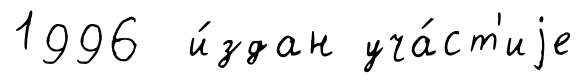
1996 и́здан уча́ст'иjе